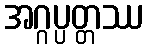
အဂ္ဂပ္ပတ္တဿ